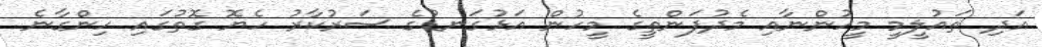
އަދި ތައުލީމީ މީހުންނާއި މެދުފަންތީގެ މީހުން އަޅުގަނޑުގެ ސަރުކާރު ހެޔޮ ގޮތުގައި ހިންގާނެ